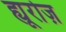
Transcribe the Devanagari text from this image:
ह्यूरोज़